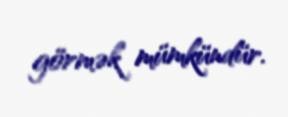
görmək mümkündür.